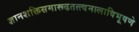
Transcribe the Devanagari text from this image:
ज्ञानशक्तिसमारूढतत्त्वमालाविभूषणे